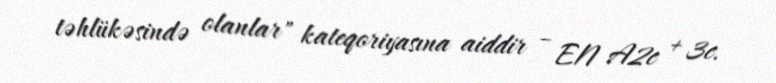
təhlükəsində olanlar" kateqoriyasına aiddir – EN A2c + 3c.